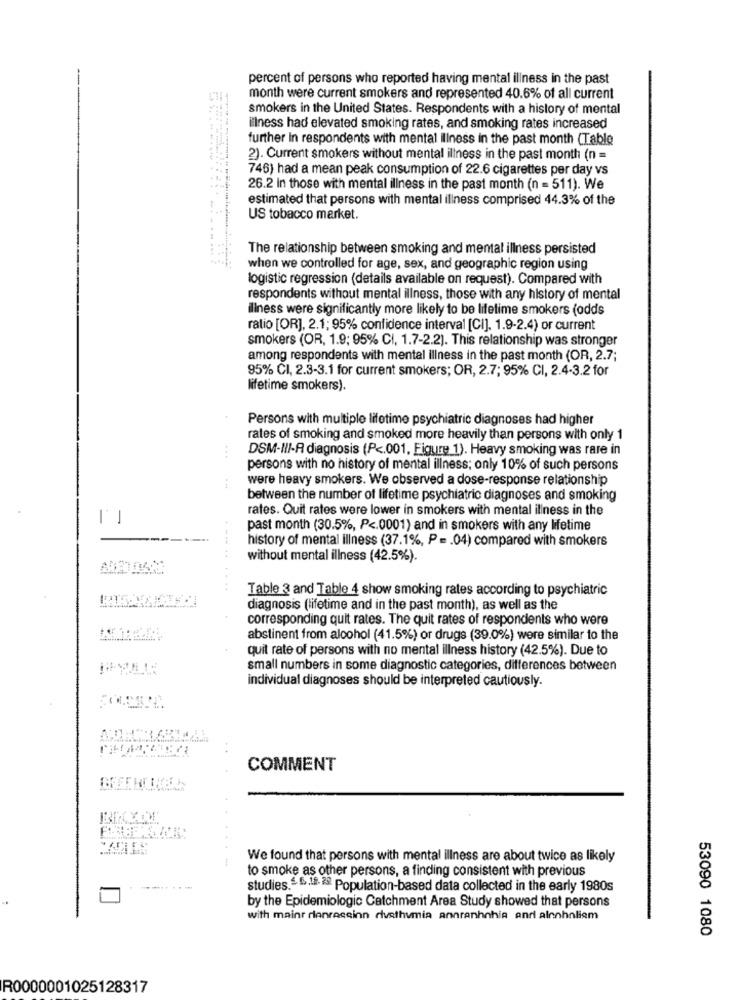
percent of persons who reported having mental illness in the past
month were current smokers and represented 40.6% of all current
smokers in the United States. Respondents with a history of mental
illness had elevated smoking rates, and smoking rates increased
further In respondents with mental illness in the past month (Table
2). Current smokers without mental illness in the past month (n =
746) had a mean peak consumption of 22.6 cigarettes per day vs
26.2 In those with mental illness in the past month (n = 511). We
estimated that persons with mental illness comprised 44.3% of the
US tobacco market.
The relationship between smoking and mental illness persisted
when we controlled for age, sex, and geographic region using
logistic regression (details available on request). Compared with
respondents without mental illness, those with any history of mental
iliness were significantly more likely to be lifetime smokers (odds
ratio [OR], 2.1; 95% confidence interval [CI]. 1.9-2.4) or current
smokers (OR, 1.9; 95% CI, 1.7-2.2). This relationship was stronger
among respondents with mental illness in the past month (OR, 2.7;
95% CI, 2.3-3.1 for current smokers; OR, 2.7; 95% CI, 2.4-3.2 for
lifetime smokers).
Persons with multiple lifetime psychiatric diagnoses had higher
rates of smoking and smoked more heavily than persons with only 1
DSM-III-A diagnosis (P <. 001, Figure 1). Heavy smoking was rare in
persons with no history of mental illness; only 10% of such persons
were heavy smokers. We observed a dose-response relationship
between the number of lifetime psychiatric diagnoses and smoking
rates. Quit rates were lower in smokers with mental illness in the
past month (30.5%, P <. 0001) and in smokers with any lifetime
history of mental illness (37.1%, P =. 04) compared with smokers
without mental illness (42.5%).
Table 3 and Table 4 show smoking rates according to psychiatric
diagnosis (lifetime and in the past month), as well as the
corresponding quit rates. The quit rates of respondents who were
abstinent from alcohol (41.5%) or drugs (39.0%) were similar to the
quit rate of persons with no mental illness history (42.5%). Due to
small numbers in some diagnostic categories, differences between
individual diagnoses should be interpreted cautiously.
COMMENT
We found that persons with mental illness are about twice as likely
to smoke as other persons, a finding consistent with previous
studies. 4 6.12. 2 Population-based data collected in the early 1980s
by the Epidemiologic Catchment Area Study showed that persons
with mainr dlenreceinn clusthymia annranhnhie anri alnohnliem
53090 1080
R0000001025128317